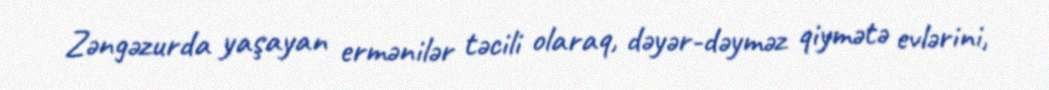
Zəngəzurda yaşayan ermənilər təcili olaraq, dəyər-dəyməz qiymətə evlərini,